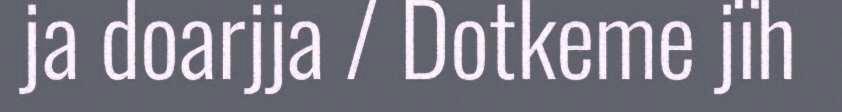
ja doarjja / Dotkeme jïh